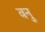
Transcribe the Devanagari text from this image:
वनु